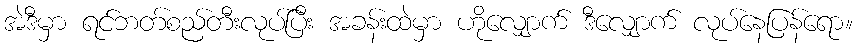
အဲဒီမှာ ရင်ဘတ်စည်တီးလုပ်ပြီး အခန်းထဲမှာ ဟိုလျှောက် ဒီလျှောက် လုပ်နေပြန်ရော။